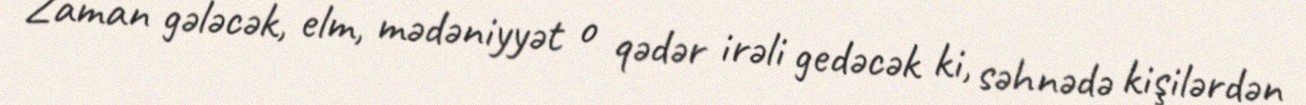
Zaman gələcək, elm, mədəniyyət o qədər irəli gedəcək ki, səhnədə kişilərdən